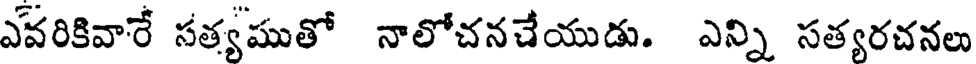
ఎవరికివారే సత్యముతో నాలోచనచేయుడు. ఎన్ని సత్యరచనలు